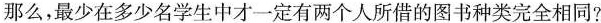
那么，最少在多少名学生中才一定有两个人所借的图书种类完全相同?